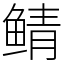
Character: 鲭